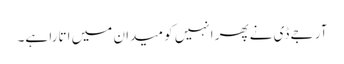
آر جے ڈی نےپھر انہیں کو میدان میں اتارا ہے۔